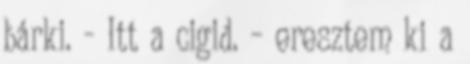
bárki. - Itt a cigid. – eresztem ki a